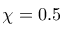
\chi = 0 . 5